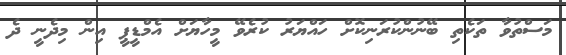
މަސްތުވާ ތަކެތި ބޭނުންކުރަނިކޮށް ހައްޔަރު ކުރެވޭ މީހާޔަށް އެމްޑީޕީ އިން މިދެނީ ދެ